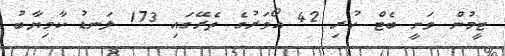
ޓީމުން ވަނީ ބެޓް ކުރި 42 އޯވަރުގެ ތެރޭގައި 173 ލަނޑު ކާމިޔާބު